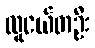
လူငယ်တဦး